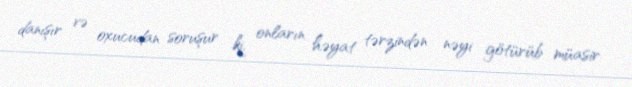
danışır və oxucudan soruşur ki, onların həyat tərzindən nəyi götürüb müasir